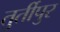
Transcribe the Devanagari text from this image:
तुर्तीपुर